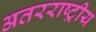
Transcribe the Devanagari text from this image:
अतरराष्ट्रीय